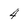
Character: 4